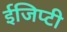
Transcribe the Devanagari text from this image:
ईजिप्टी